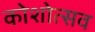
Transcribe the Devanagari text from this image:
कोशोत्सव